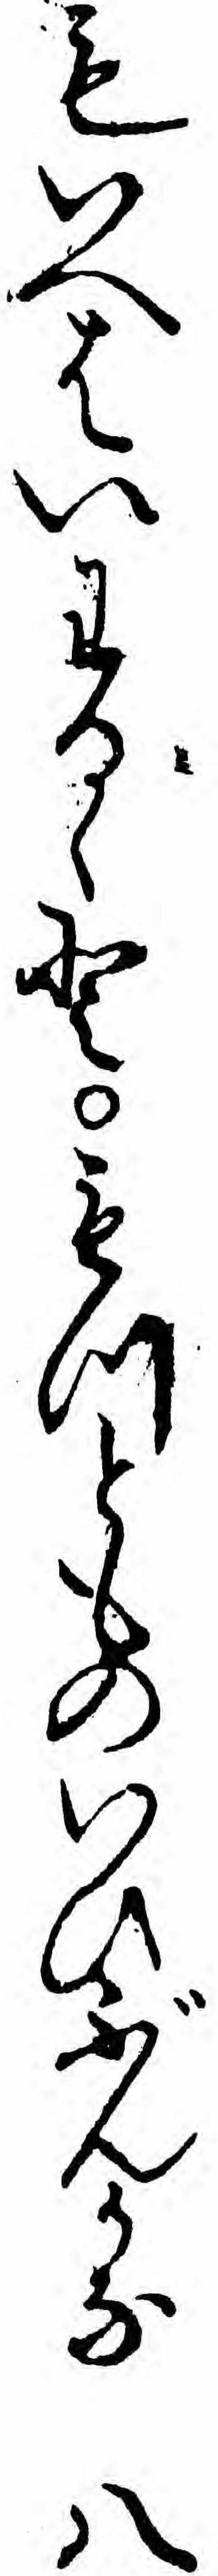
もいへはいわるゝともつとものいひぶんかな八